Lunatic asylums Punjab 1881-1894 - 1881-1894
Year: 1881
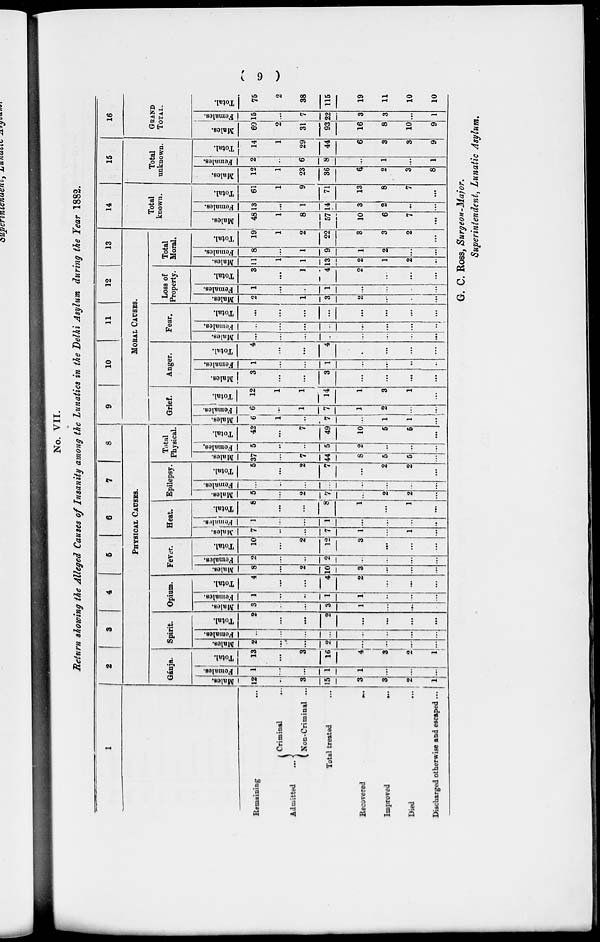
( 9 )
No. VII.
Return showing the Alleged Causes of Insanity among the Lunatics in the Delhi Asylum during the Year 1882.
1
Remaining
Admitted ...
Criminal
...
Non-Criminal ...
Total treated...
Recovered
...
Improved ...
Died
...
Discharged otherwise and escaped ...
2
3
4
5
6
7
8
PHYSICAL CAUSES.
Gánja.
Males.
12
...
3
15
3
3
2
1
Females.
1
...
...
1
1
...
...
...
Total.
13
...
3
16
4
3
2
1
Spirit.
Males.
2
...
...
2
...
...
...
...
Females.
...
...
...
...
...
...
...
Total.
2
...
...
2
...
...
...
...
Opium.
Males.
3
...
...
3
1
...
...
Females.
1
...
...
1
1
...
...
...
Total.
4
...
...
4
2
...
...
...
Fever.
Males.
8
...
2
10
3
...
...
...
Females.
2
...
...
2
...
...
...
...
Total.
10
...
2
12
3
...
...
...
Heat.
Males.
7
...
...
7
1
...
1
...
Females.
1
...
...
1
...
...
...
...
Total.
8
...
...
8
1
...
1
...
Epilepsy.
Males.
5
...
2
7
...
2
2
...
Females.
...
...
...
...
...
...
...
Total.
5
...
2
7
...
2
2
Total
Physical.
Males.
37
...
7
44
8
5
5
...
Females,
5
...
...
5
2
...
...
...
Total.
42
...
7
49
10
5
6
...
9
10
11
12
13
MORAL CAUSES.
Grief.
Males.
6
1
...
7
...
1
1
...
Females.
6
...
1
7
1
2
...
...
Total.
12
1
1
14
1
3
1
...
Anger.
Males.
3
...
...
3
...
...
...
...
Females.
1
...
...
1
...
...
...
...
Total.
4
...
...
4
.
...
...
...
Fear.
Males.
...
...
...
...
...
...
...
...
Females.
...
...
...
...
...
...
...
...
Total.
...
...
...
...
...
...
...
...
Loss of
Property.
Males.
2
1
3
2
...
...
Females.
1
...
...
1
...
...
...
...
Total.
3
...
1
4
2
...
...
...
Total
Moral.
Males.
11
1
1
13
2
1
2
...
Females.
8
...
1
9
1
2
...
Total.
19
1
2
22
3
3
2
14
Total
known.
Males.
48
1
8
57
10
6
7
...
Females.
13
...
1
14
3
2
...
...
Total.
61
1
9
71
13
8
7
...
15
Total
unknown.
Males.
12
1
23
36
6
2
3
8
Females.
2
...
6
8
...
1
...
1
Total.
14
1
29
44
6
3
3
9
16
GRAND
TOTAL.
Males.
60
2
31
93
16
8
10
9
Females.
15
...
7
22
3
3
...
1
Total.
75
2
38
115
19
11
10
10
G. C. ROSS, Surgeon-Major.
Superintendent, Lunatic Asylum.